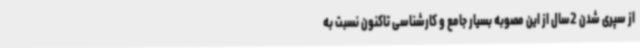
از سپری شدن 2سال از این مصوبه بسیار جامع و کارشناسی تاکنون نسبت به